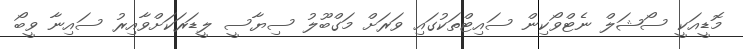
މޮޑީއަކީ ސޯޝަލް ނެޓްވޯކިން ސައިޓްތަކުގައި ވަރަށް މަގްބޫލު ސިޔާސީ ލީޑަރަކަށްވާއިރު ސައިނާ ވީބޯ